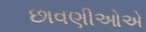
છાવણીઓએ